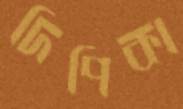
দিপিকা